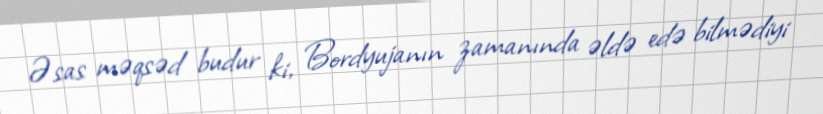
Əsas məqsəd budur ki, Bordyujanın zamanında əldə edə bilmədiyi